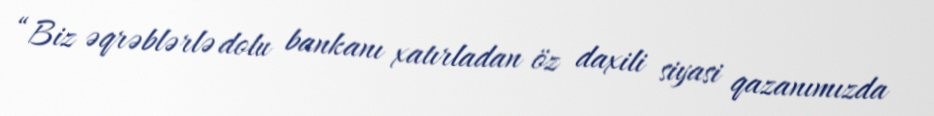
“Biz əqrəblərlə dolu bankanı xatırladan öz daxili siyasi qazanımızda